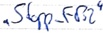
Text: "Stopp_FB2"